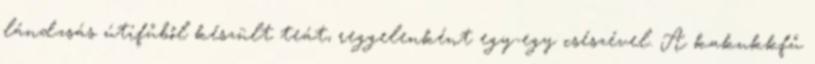
lándzsás útifűből készült teát, reggelenként egy-egy csészével. A kakukkfű